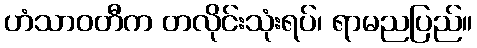
ဟံသာဝတီက တလိုင်းသုံးရပ်၊ ရာမညပြည်။